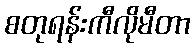
စတုရန်းကီလိုမီတာ